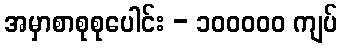
အမှာစာစုစုပေါင်း - ၁၀၀၀၀၀ ကျပ်